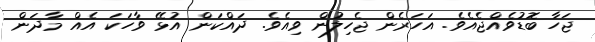
ޖަހާ ބޮޑުވެއްޖެއެވެ. އަހަރެން ޖެހިލުން ވިއެވެ. ދައްކަން އުޅޭ ވާހަކަ އެއް މާދަން